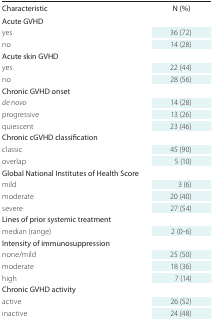
<table><thead><tr><td><b>Characteristic</b></td><td><b>N (%)</b></td></tr></thead><tbody><tr><td>Acute GVHD</td><td></td></tr><tr><td>yes</td><td>36 (72)</td></tr><tr><td>no</td><td>14 (28)</td></tr><tr><td>Acute skin GVHD</td><td></td></tr><tr><td>yes</td><td>22 (44)</td></tr><tr><td>no</td><td>28 (56)</td></tr><tr><td>Chronic GVHD onset</td><td></td></tr><tr><td><i>de novo</i></td><td>14 (28)</td></tr><tr><td>progressive</td><td>13 (26)</td></tr><tr><td>quiescent</td><td>23 (46)</td></tr><tr><td>Chronic cGVHD classification</td><td></td></tr><tr><td>classic</td><td>45 (90)</td></tr><tr><td>overlap</td><td>5 (10)</td></tr><tr><td>Global National Institutes of Health Score</td><td></td></tr><tr><td>mild</td><td>3 (6)</td></tr><tr><td>moderate</td><td>20 (40)</td></tr><tr><td>severe</td><td>27 (54)</td></tr><tr><td>Lines of prior systemic treatment</td><td></td></tr><tr><td>median (range)</td><td>2 (0-6)</td></tr><tr><td>Intensity of immunosuppression</td><td></td></tr><tr><td>none/mild</td><td>25 (50)</td></tr><tr><td>moderate</td><td>18 (36)</td></tr><tr><td>high</td><td>7 (14)</td></tr><tr><td>Chronic GVHD activity</td><td></td></tr><tr><td>active</td><td>26 (52)</td></tr><tr><td>inactive</td><td>24 (48)</td></tr></tbody></table>